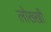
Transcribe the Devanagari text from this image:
लोख्खी